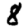
Digit: 8